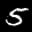
Label: 5